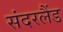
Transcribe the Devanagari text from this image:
संदरलैंड